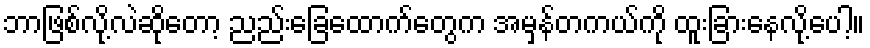
ဘာဖြစ်လို့လဲဆိုတော့ ညည်းခြေထောက်တွေက အမှန်တကယ်ကို ထူးခြားနေလို့ပေါ့။